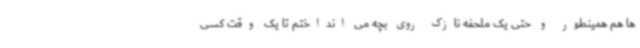
ها هم همینطور و حتی یک ملحفه نازک روی بچه می انداختم تا یک وقت کسی